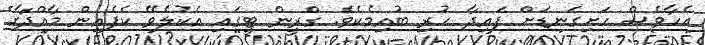
އެހާވެސް ހަށިގަނޑަށް ފައިދާ ހުރި ބުއިމެކެވެ. ގްރީން ޓީގައި އެކުލެވޭ ކެފެއިން މާއްދާގެ